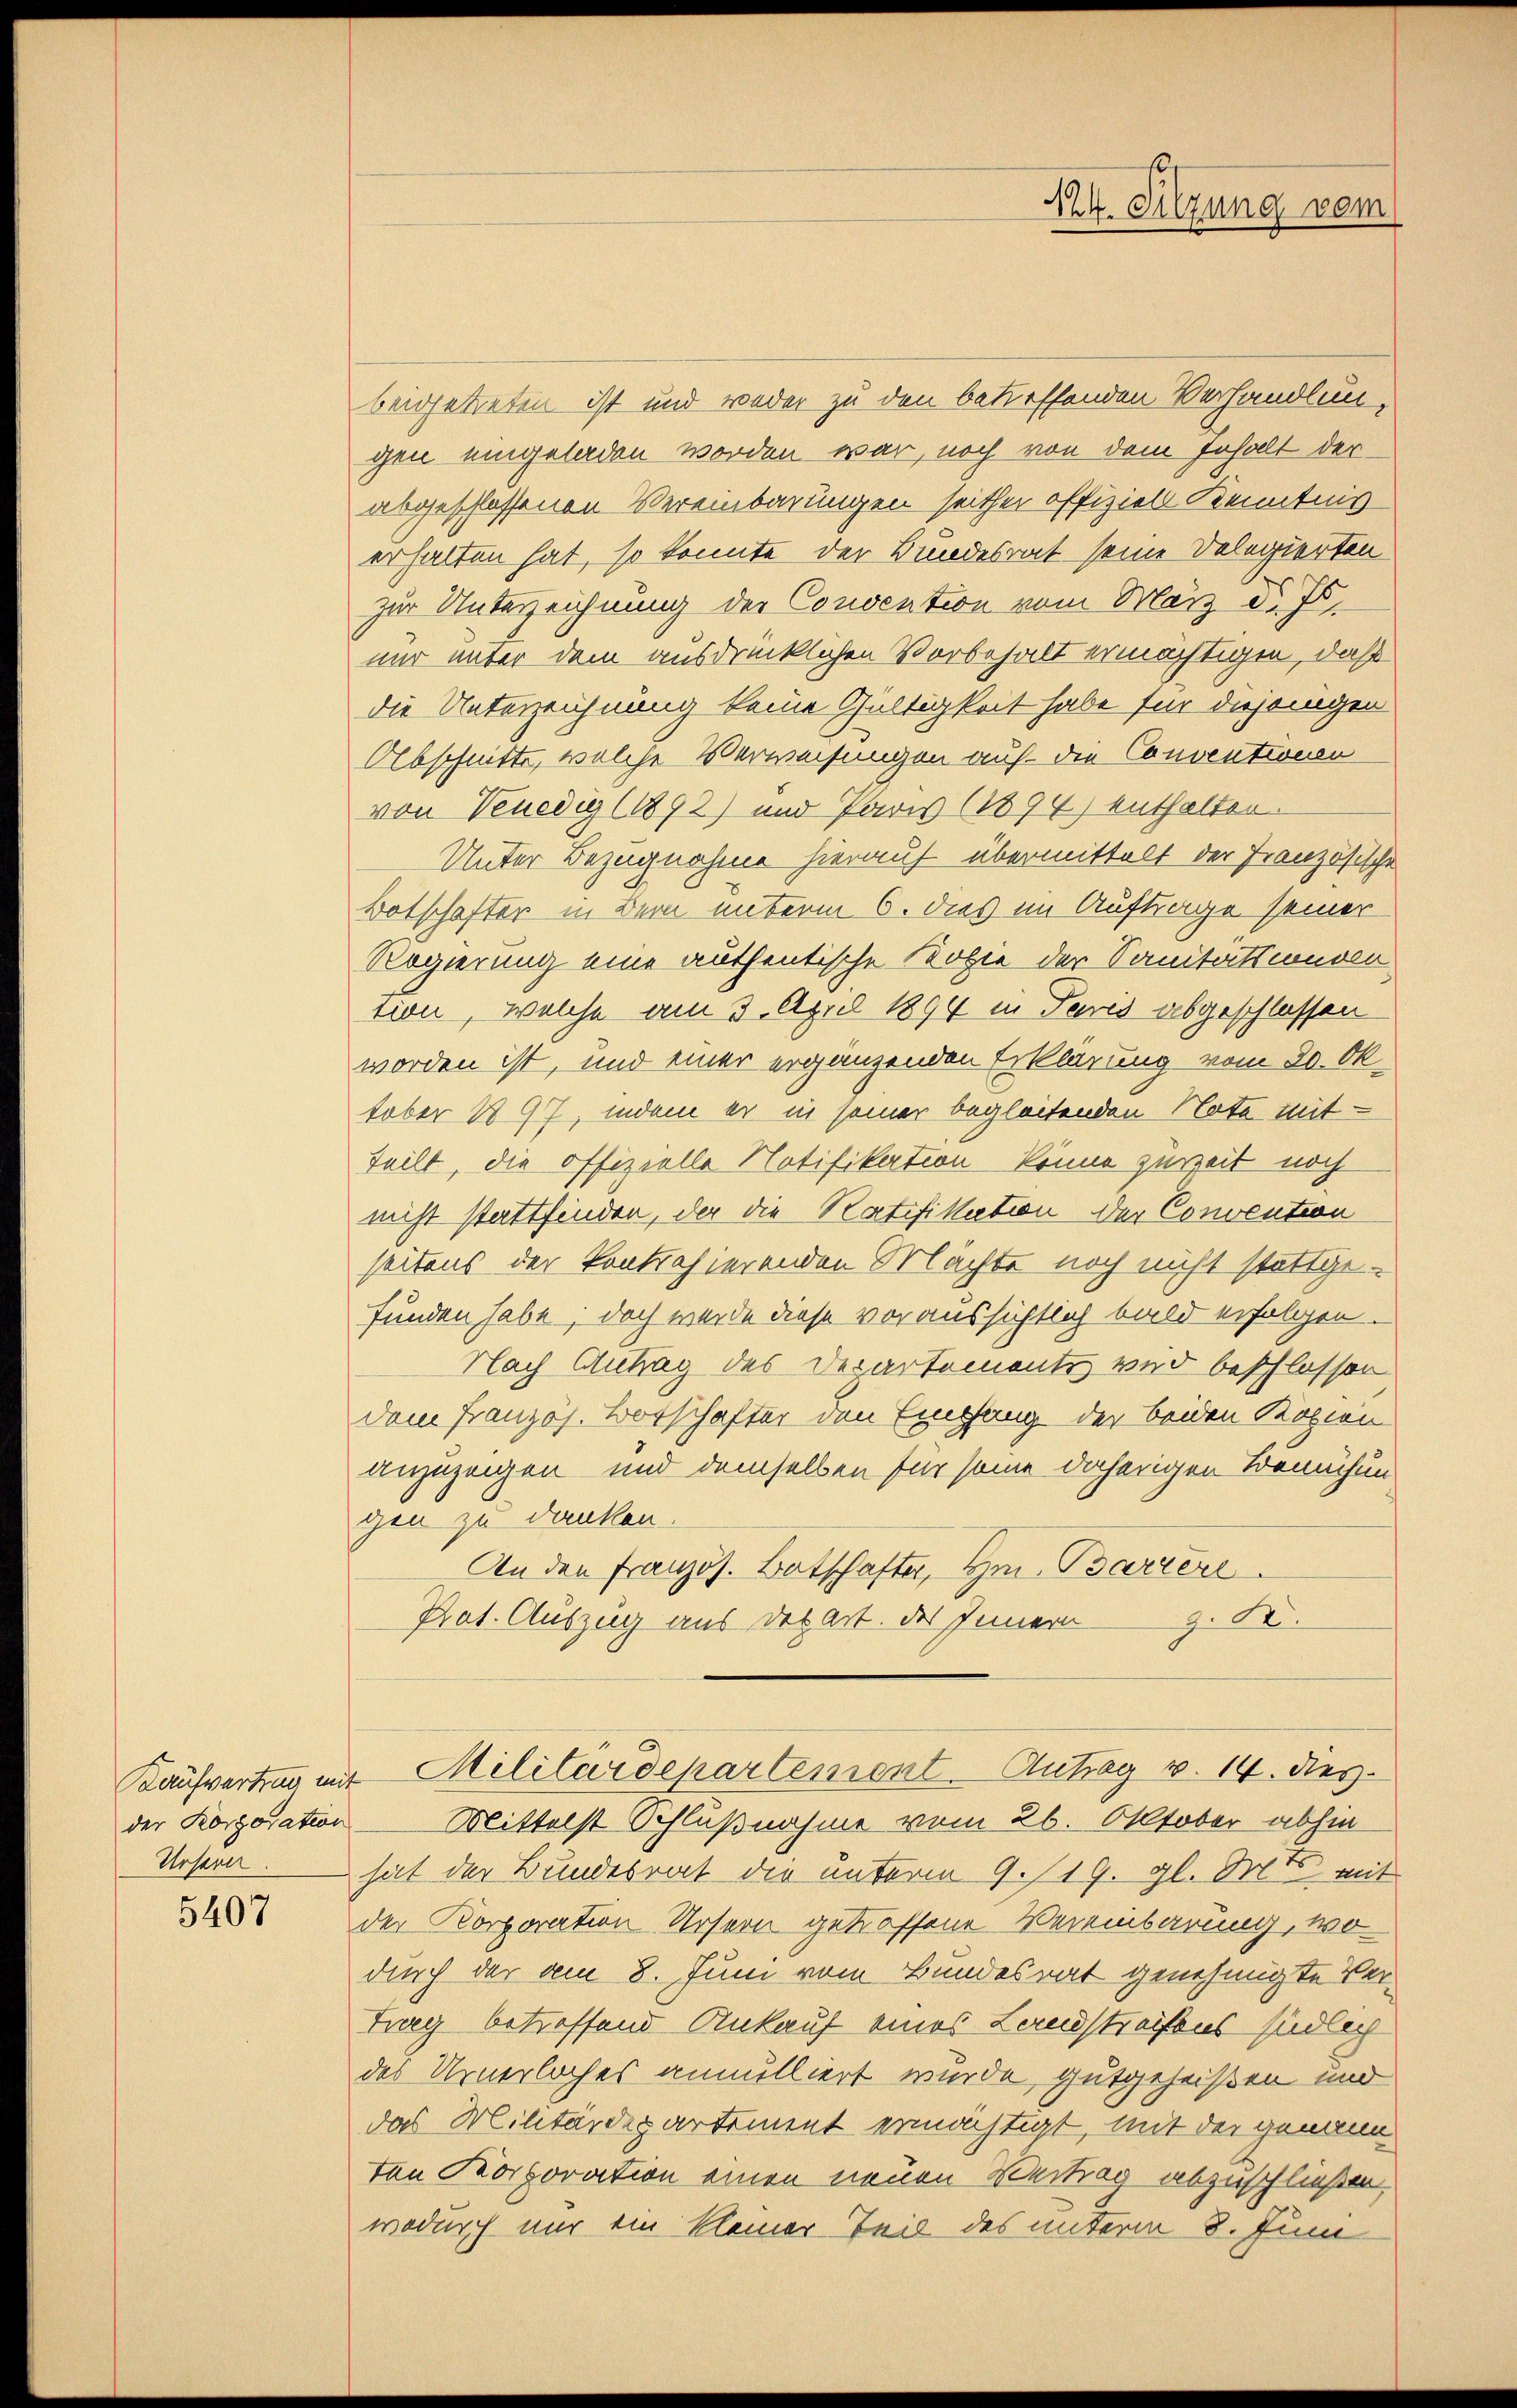
Rosenen

5407

beigetreten ist und weder zu den betreffenden Verhandlungen eingeladen worden war, noch von dem Inhalt der
abgeschlossenen Vereinbarungen seither offiziell Kenntnis
erhalten hat, so konnte der Bundesrat seine Delegierten
zur Unterzeichnung der Convention vom März d. 7.
nur unter dem ausdrücklichen Vorbehalt ermächtigen, daß
die Unterzeichnung keine Gültigkeit habe für diejenigen
Olbschnitte, welche Verweisungen auf die Conventionen
von Venedig (1892) und Paris (1894) enthalten.
Unter Bezugnahme hierauf übermittelt der Französische
Botschafter in Bern unterm 6. dies im Auftrage seiner
Regierung eine authentische Kopie der Sanitätsconven
tion, welche am 3. April 1894 in Paris abgeschlossen
worden ist, und einer ergänzenden Erklärung vom 30. Oktober 197, indem er in seiner begleitenden Note mit-
teilt, die offizielle Notifikation könne zureit noch
nicht stattfinden, der die Ratifikation der Convention
seitens der kontrahierenden Mächte noch nicht stattgefunden habe; doch werde diese voraussichtlich bald erfolgen.
Nach Antrag des Departements wird beschlossen
dem Französ. Borschafter den Empfang der beiden Kopien
anzuzeigen und demselben für seine daherigen Bemühun
gen zu danken.
An den Französ. Batschafter, Hrn. Barrere
z. B.
Prot. Auszug aus der Art. des Innern
Kaufvertrag mit Militärdepartement - Antrag v. 14. dies
der Korporation Mittelst Schlußnahme vom 26. Oktober abhin
hat der Bundesrat die unterm 9. /19. gl. Mts. mit
der Korporation Ursern getroffene Vereinbarung, wo
durch der am 8. Juni vom Bundesrat genehmigte Vertrag betreffend Ankauf eines Landstreifens südlich
des Urnerloches annulliert wurde, gutgeheißen und
das Militärdepartement ermächtigt, mit der genann
ten Korporation einen neuen Vertrag abzuschließen,
wodurch nur ein kleiner Teil des unterm 8. Juni

124. Silzung vom